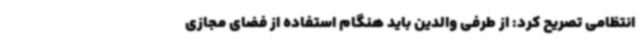
انتظامی تصریح کرد: از طرفی والدین باید هنگام استفاده از فضای مجازی